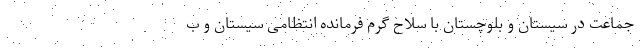
جماعت در سیستان و بلوچستان با سلاح گرم فرمانده انتظامی سیستان و ب